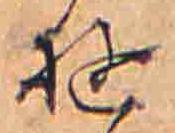
ゆ